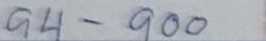
94 - 100